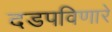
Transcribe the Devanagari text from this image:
दडपविणारे